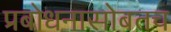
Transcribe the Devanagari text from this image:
प्रबोधनासोबतच